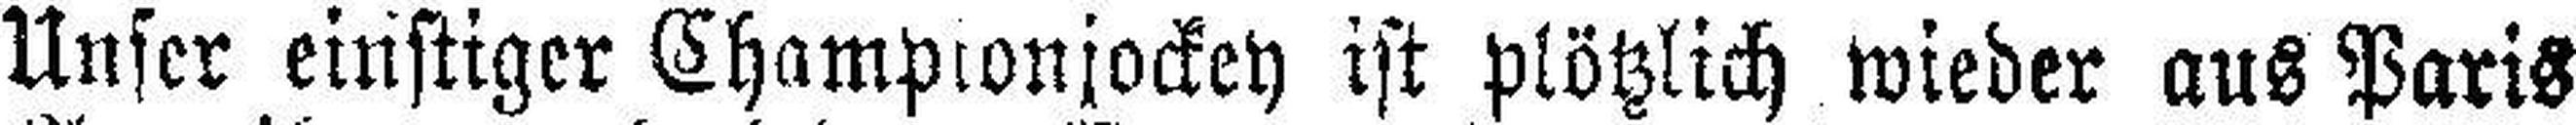
Unser einstiger Championjockey ist plötzlich wieder aus Paris